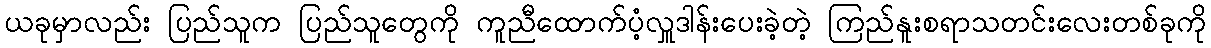
ယခုမှာလည်း ပြည်သူက ပြည်သူတွေကို ကူညီထောက်ပံ့လှူဒါန်းပေးခဲ့တဲ့ ကြည်နူးစရာသတင်းလေးတစ်ခုကို